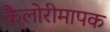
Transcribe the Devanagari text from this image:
कैलोरीमापक